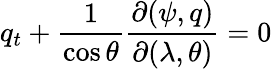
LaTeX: q_{t}+\frac{1}{\cos\theta}\frac{\partial(\psi,q)}{\partial(\lambda,\theta)}=0